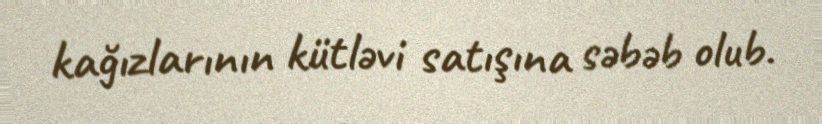
kağızlarının kütləvi satışına səbəb olub.